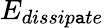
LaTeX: E_{dissip\mathtt{a}te}